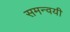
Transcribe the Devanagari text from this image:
समन्वयी